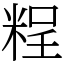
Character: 𥺆